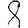
Digit: 8